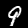
Digit: 9